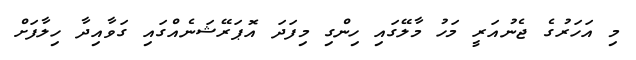
މި އަހަރުގެ ޖެނުއަރީ މަހު މާލޭގައި ހިންގި މިފަދަ އޮޕަރޭޝަނެއްގައި ގަވާއިދާ ހިލާފަށް